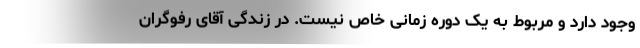
وجود دارد و مربوط به یک دوره زمانی خاص نیست. در زندگی آقای رفوگران